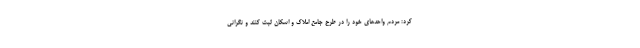
کرد: مردم واحد‌های خود را در طرح جامع املاک و اسکان ثبت کنند و نگرانی